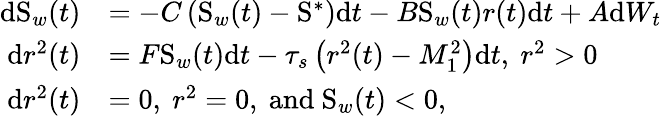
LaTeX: \begin{array}{rl}{\mathrm{d}\mathrm{S}_{w}(t)}&{=-C\left(\mathrm{S}_{w}(t)-\mathrm{S}^{\ast}\right)\mathrm{d}t-B\mathrm{S}_{w}(t)r(t)\mathrm{d}t+A\mathrm{d}W_{t}}\\ {\mathrm{d}r^{2}(t)}&{=F\mathrm{S}_{w}(t)\mathrm{d}t-\tau_{s}\left(r^{2}(t)-M_{1}^{2}\right)\mathrm{d}t,\mathrm{~}r^{2}>0}\\ {\mathrm{d}r^{2}(t)}&{=0,\mathrm{~}r^{2}=0,\mathrm{~and~}\mathrm{S}_{w}(t)<0,}\end{array}